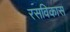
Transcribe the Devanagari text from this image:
रसविकास